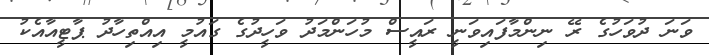
ވަނަ ދުވަހުގެ ރޭ ނިންމާފައިވަނީ ރައީސް މުހަންމަދު ވަހީދުގެ ގައުމީ އިއްތިހާދު ޕާޓީއާއެކު